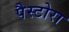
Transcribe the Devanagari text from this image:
पैस्टोरा